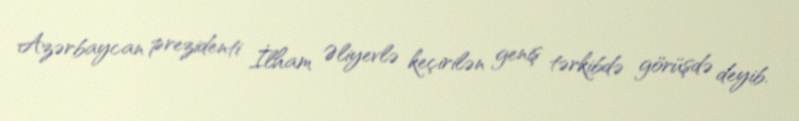
Azərbaycan prezidenti İlham Əliyevlə keçirilən geniş tərkibdə görüşdə deyib.